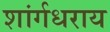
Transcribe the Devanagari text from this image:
शांर्गधराय